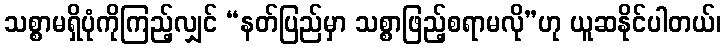
သစ္စာမရှိပုံကိုကြည့်လျှင် “နတ်ပြည်မှာ သစ္စာဖြည့်စရာမလို”ဟု ယူဆနိုင်ပါတယ်၊